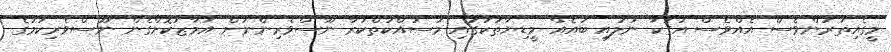
މީގެއިތުރުންވެސް އެއްވެސް އަގަކާ ނުލައި ބައެއް މީޑިޔާތަކުގައި މަސައްކަތްކުރާ ނޫސްވެރިންނަށް އަމާޒުކޮށްގެން ނޫސްވެރިކަމުގެ